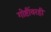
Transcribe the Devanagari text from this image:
गोष्टींवरही